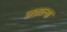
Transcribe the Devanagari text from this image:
नताल्या